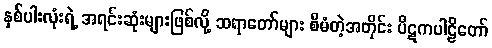
နှစ်ပါးလုံးရဲ့ အရင်းဆုံးများဖြစ်လို့ ဆရာတော်များ စီမံတဲ့အတိုင်း ပိဋကပါဠိတော်